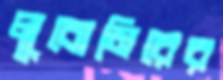
লুবোমিরের